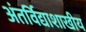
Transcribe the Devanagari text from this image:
अंतर्विद्याशाखीय